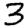
Digit: 3